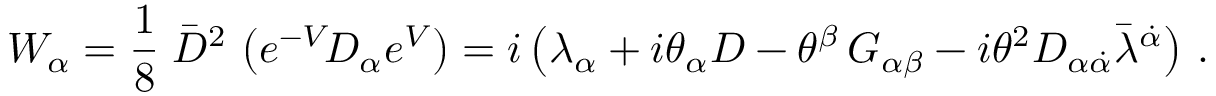
{ W } _ { \alpha } = \frac { 1 } { 8 } \; \bar { D } ^ { 2 } \, \left( { e } ^ { - V } \! D _ { \alpha } { e } ^ { V } \right) = i \left( \lambda _ { \alpha } + i \theta _ { \alpha } D - \theta ^ { \beta } \, G _ { \alpha \beta } - i \theta ^ { 2 } { \cal D } _ { \alpha \dot { \alpha } } \bar { \lambda } ^ { \dot { \alpha } } \right) \, .